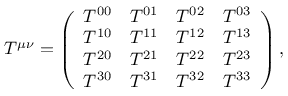
T ^ { \mu \nu } = { \left( \begin{array} { l l l l } { T ^ { 0 0 } } & { T ^ { 0 1 } } & { T ^ { 0 2 } } & { T ^ { 0 3 } } \\ { T ^ { 1 0 } } & { T ^ { 1 1 } } & { T ^ { 1 2 } } & { T ^ { 1 3 } } \\ { T ^ { 2 0 } } & { T ^ { 2 1 } } & { T ^ { 2 2 } } & { T ^ { 2 3 } } \\ { T ^ { 3 0 } } & { T ^ { 3 1 } } & { T ^ { 3 2 } } & { T ^ { 3 3 } } \end{array} \right) } \, ,